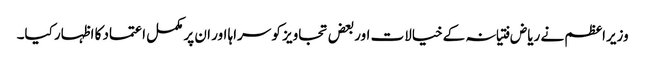
وزیراعظم نے ریاض فتیانہ کےخیالات اوربعض تجاویز کو سراہا اور ان پر مکمل اعتماد کا اظہار کیا۔